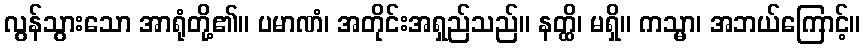
လွန်သွားသော အာရုံတို့၏။ ပမာဏံ၊ အတိုင်းအရှည်သည်။ နတ္ထိ၊ မရှိ။ ကသ္မာ၊ အဘယ်ကြောင့်။